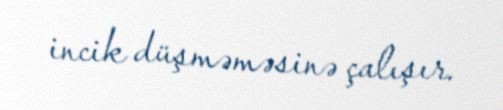
incik düşməməsinə çalışır.